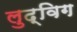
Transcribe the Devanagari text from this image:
लुद्विग